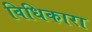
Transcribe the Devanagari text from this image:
विधिकारा